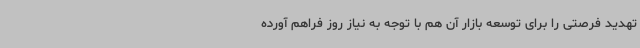
تهدید فرصتی را برای توسعه بازار آن هم با توجه به نیاز روز فراهم آورده